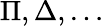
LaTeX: \Pi,\Delta,\ldots